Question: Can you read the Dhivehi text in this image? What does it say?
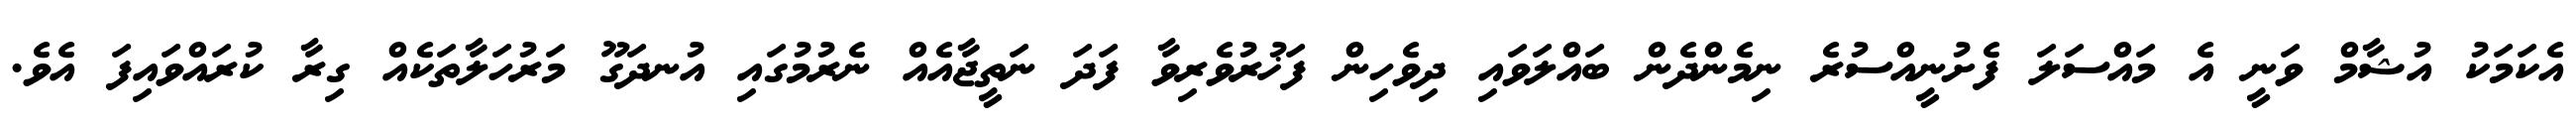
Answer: އެކަމަކު އުޝާމް ވަނީ އެ މައްސަލަ ފެށުނީއްސުރެ ނިމެންދެން ބައްލަވައި ދިވެހިން ފަޚުރުވެރިވާ ފަދަ ނަތީޖާއެއް ނެރުމުގައި އުނދަގޫ މަރުހަލާތަކެއް ގިރާ ކުރައްވައިފަ އެވެ.